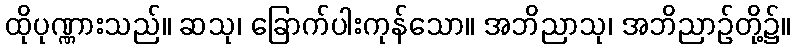
ထိုပုဏ္ဏားသည်။ ဆသု၊ ခြောက်ပါးကုန်သော။ အဘိညာသု၊ အဘိညာဉ်တို့၌။